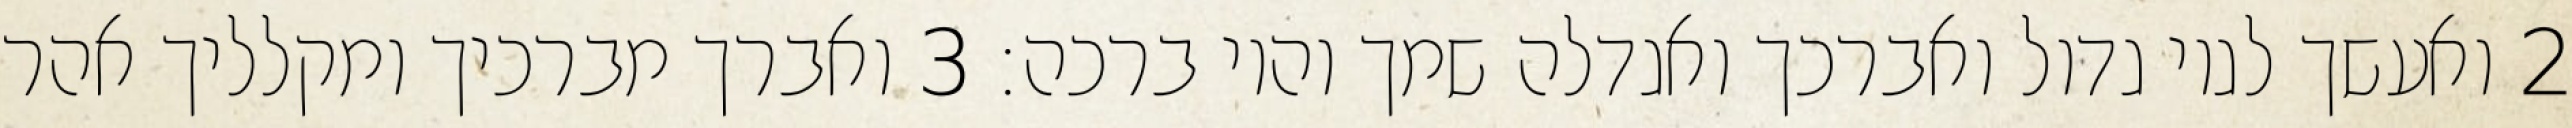
‎2‏ ואעשך לגוי גדול ואברכך ואגדלה שמך והוי ברכה׃ ‎3‏ ואברך מברכיך ומקלליך אהר